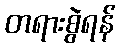
တရားစွဲရန်